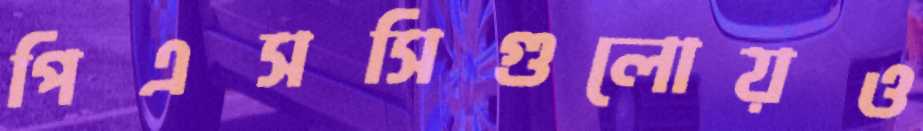
পিএসসিগুলোয়ও